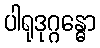
ပါရုဒုဂ္ဂန္ဓော